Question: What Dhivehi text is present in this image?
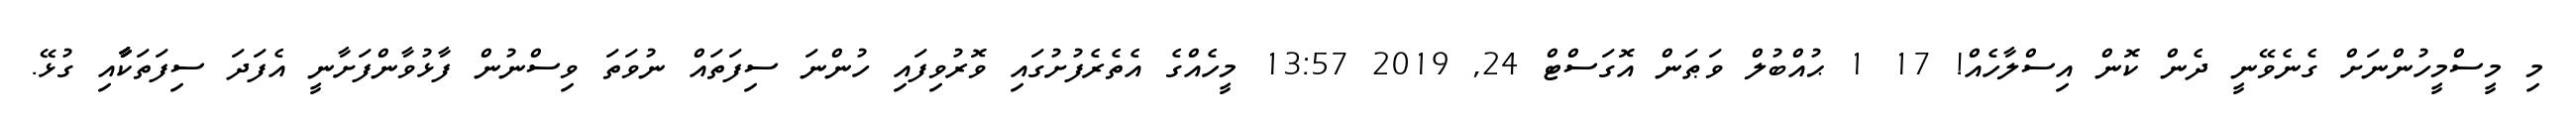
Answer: މި މީސްމީހުންނަށް ގެނެވޭނީ ދެން ކޮން އިސްލާހެއް! 17 1 ޙުއްބުލް ވަޠަން އޮގަސްޓް 24, 2019 13:57 މީހެއްގެ އެތެރެފުށުގައި ވޮރުވިފައި ހުންނަ ސިފަތައް ނުވަތަ ވިސްނުން ފާޅުވާންފަށާނީ އެފަދަ ސިފަތަކާާާާއި ގުޅޭ.